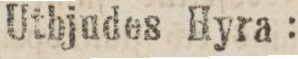
Uthjudes Hyra: